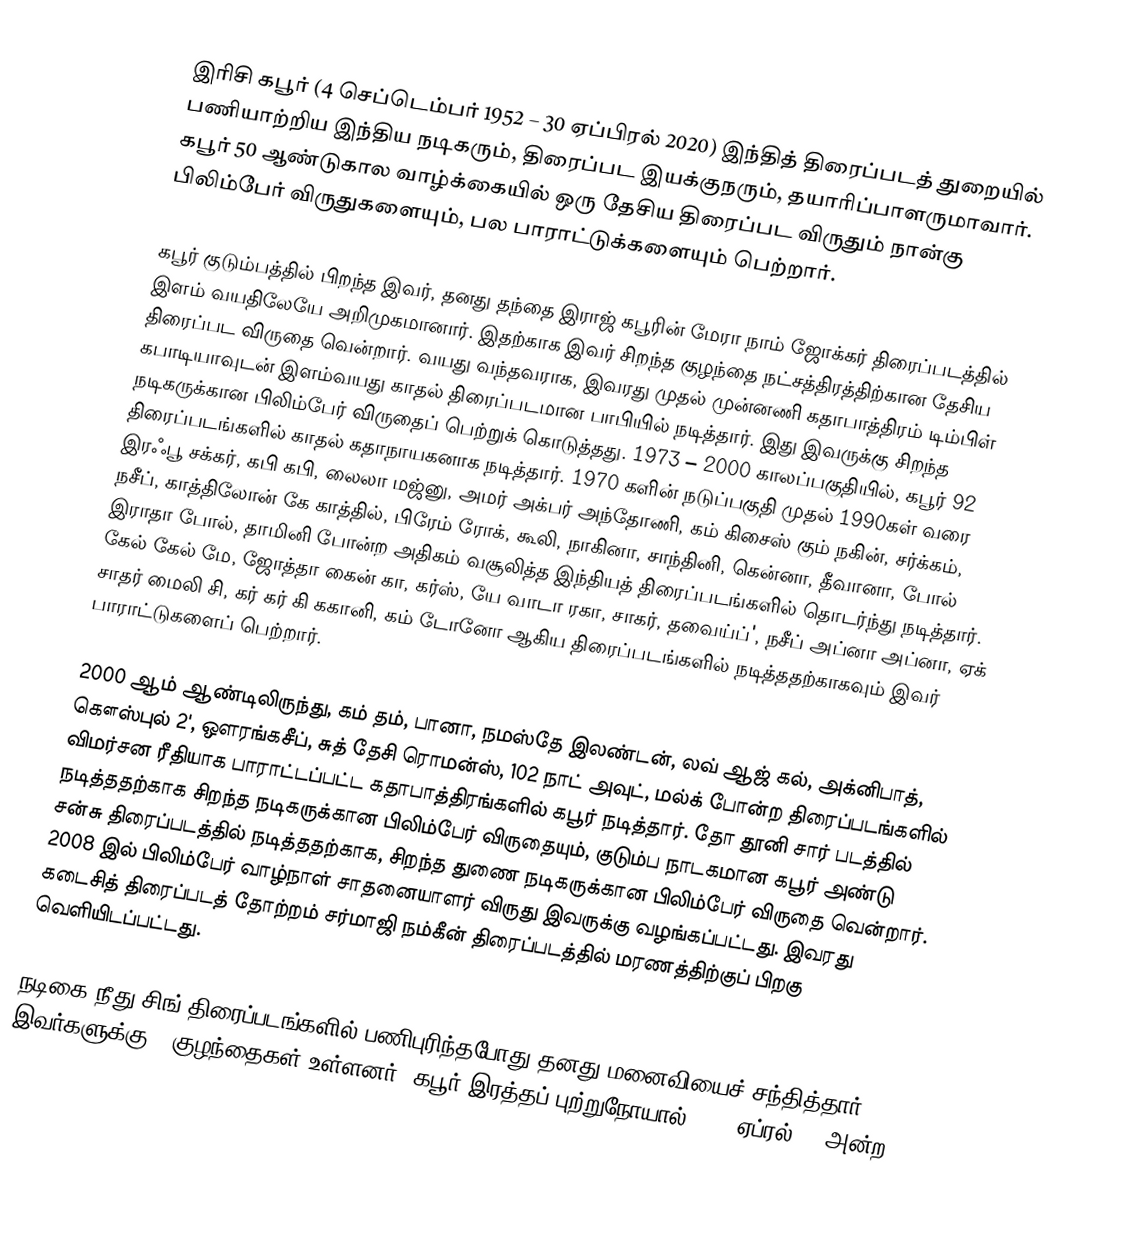
இரிசி கபூர் (4 செப்டெம்பர் 1952 – 30 ஏப்பிரல் 2020) இந்தித் திரைப்படத் துறையில் பணியாற்றிய இந்திய நடிகரும், திரைப்பட இயக்குநரும், தயாரிப்பாளருமாவார். கபூர் 50 ஆண்டுகால வாழ்க்கையில் ஒரு தேசிய திரைப்பட விருதும் நான்கு பிலிம்பேர் விருதுகளையும், பல பாராட்டுக்களையும் பெற்றார்.

கபூர் குடும்பத்தில் பிறந்த இவர், தனது தந்தை இராஜ் கபூரின் மேரா நாம் ஜோக்கர் திரைப்படத்தில் இளம் வயதிலேயே அறிமுகமானார். இதற்காக இவர் சிறந்த குழந்தை நட்சத்திரத்திற்கான தேசிய திரைப்பட விருதை வென்றார். வயது வந்தவராக, இவரது முதல் முன்னணி கதாபாத்திரம் டிம்பிள் கபாடியாவுடன் இளம்வயது காதல் திரைப்படமான பாபியில் நடித்தார். இது இவருக்கு சிறந்த நடிகருக்கான பிலிம்பேர் விருதைப் பெற்றுக் கொடுத்தது. 1973 – 2000 காலப்பகுதியில், கபூர் 92 திரைப்படங்களில் காதல் கதாநாயகனாக நடித்தார். 1970 களின் நடுப்பகுதி முதல் 1990கள் வரை இரஃபூ சக்கர், கபி கபி, லைலா மஜ்னு, அமர் அக்பர் அந்தோணி, கம் கிசைஸ் கும் நகின், சர்க்கம், நசீப், காத்திலோன் கே காத்தில், பிரேம் ரோக், கூலி, நாகினா, சாந்தினி, கென்னா, தீவானா, போல் இராதா போல், தாமினி போன்ற அதிகம் வசூலித்த இந்தியத் திரைப்படங்களில் தொடர்ந்து நடித்தார். கேல் கேல் மே, ஜோத்தா கைன் கா, கர்ஸ், யே வாடா ரகா, சாகர், தவைய்ப்', நசீப் அப்னா அப்னா, ஏக் சாதர் மைலி சி, கர் கர் கி ககானி, கம் டோனோ ஆகிய திரைப்படங்களில் நடித்ததற்காகவும் இவர் பாராட்டுகளைப் பெற்றார்.

2000 ஆம் ஆண்டிலிருந்து, கம் தம், பானா, நமஸ்தே இலண்டன், லவ் ஆஜ் கல், அக்னிபாத், கௌஸ்புல் 2', ஒளரங்கசீப், சுத் தேசி ரொமன்ஸ், 102 நாட் அவுட், மல்க் போன்ற திரைப்படங்களில் விமர்சன ரீதியாக பாராட்டப்பட்ட கதாபாத்திரங்களில் கபூர் நடித்தார்.  தோ தூனி சார் படத்தில் நடித்ததற்காக சிறந்த நடிகருக்கான பிலிம்பேர் விருதையும், குடும்ப நாடகமான கபூர் அண்டு சன்சு திரைப்படத்தில் நடித்ததற்காக, சிறந்த துணை நடிகருக்கான பிலிம்பேர் விருதை வென்றார். 2008 இல் பிலிம்பேர் வாழ்நாள் சாதனையாளர் விருது இவருக்கு வழங்கப்பட்டது. இவரது கடைசித் திரைப்படத் தோற்றம் சர்மாஜி நம்கீன் திரைப்படத்தில் மரணத்திற்குப் பிறகு வெளியிடப்பட்டது.

நடிகை நீது சிங் திரைப்படங்களில் பணிபுரிந்தபோது தனது மனைவியைச் சந்தித்தார். இவர்களுக்கு 2 குழந்தைகள் உள்ளனர். கபூர் இரத்தப் புற்றுநோயால் 2020 ஏப்ரல் 30 அன்ற